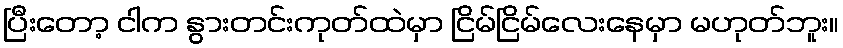
ပြီးတော့ ငါက နွားတင်းကုတ်ထဲမှာ ငြိမ်ငြိမ်လေးနေမှာ မဟုတ်ဘူး။